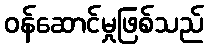
ဝန်ဆောင်မှုဖြစ်သည်